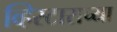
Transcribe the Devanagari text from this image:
व्हिस्टाराच्या